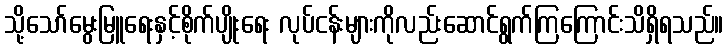
သို့သော်မွေးမြူရေးနှင့်စိုက်ပျိုးရေး လုပ်ငန်းများကိုလည်းဆောင်ရွက်ကြကြောင်းသိရှိရသည်။